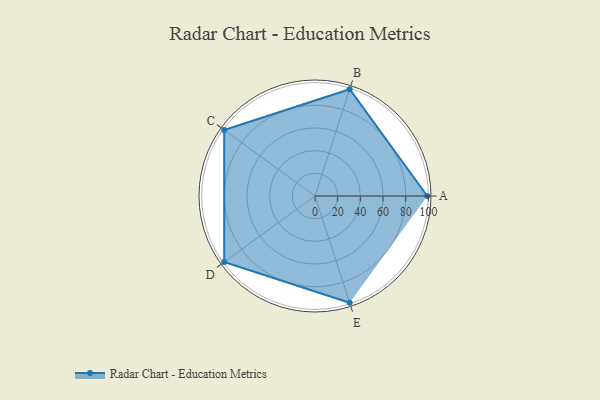
{"axis": {"x": "Skill", "y": "Score"}, "legend": ["Profile"], "data": [{"x": "A", "y": 99, "type": "Profile"}, {"x": "B", "y": 99, "type": "Profile"}, {"x": "C", "y": 99, "type": "Profile"}, {"x": "D", "y": 99, "type": "Profile"}, {"x": "E", "y": 99, "type": "Profile"}]}